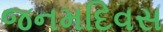
જનમદિવસ